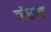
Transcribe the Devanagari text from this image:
तोरस